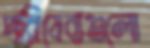
পরিষেবাগুলো